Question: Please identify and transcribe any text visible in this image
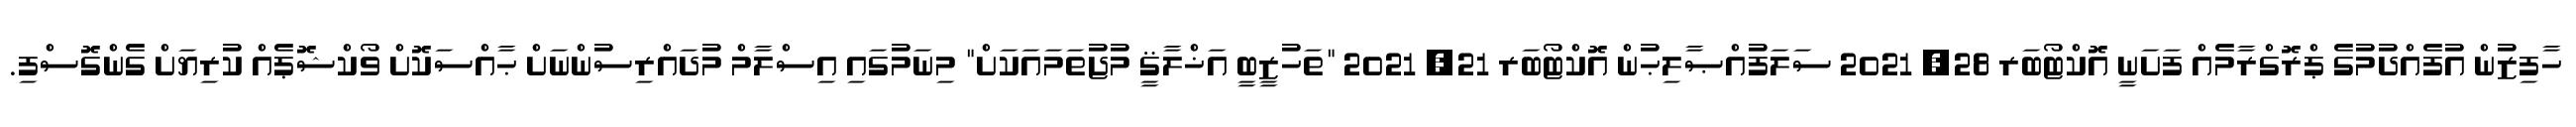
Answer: ހާފިޒުން އުފެއްދުމުގެ ޕްރޮގްރާމެއް ފަށަނީ އޮކްޓޯބަރ 28, 2021 ސަލަފުއްޞާލިޙުން އޮކްޓޯބަރ 21, 2021 "ތަހުޒީބީ އަޚްލާޤީ މުޖުތަމައަކަށް" މިނަމުގައި އިސްލާމް މުދައްރިސުންނަށް ޙާއްސަކޮށް ވޯކްޝޮޕެއް ކުރިޔަށް ގެންގޮސްފި.